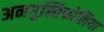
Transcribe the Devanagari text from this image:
अनगुस्तिफोलिया